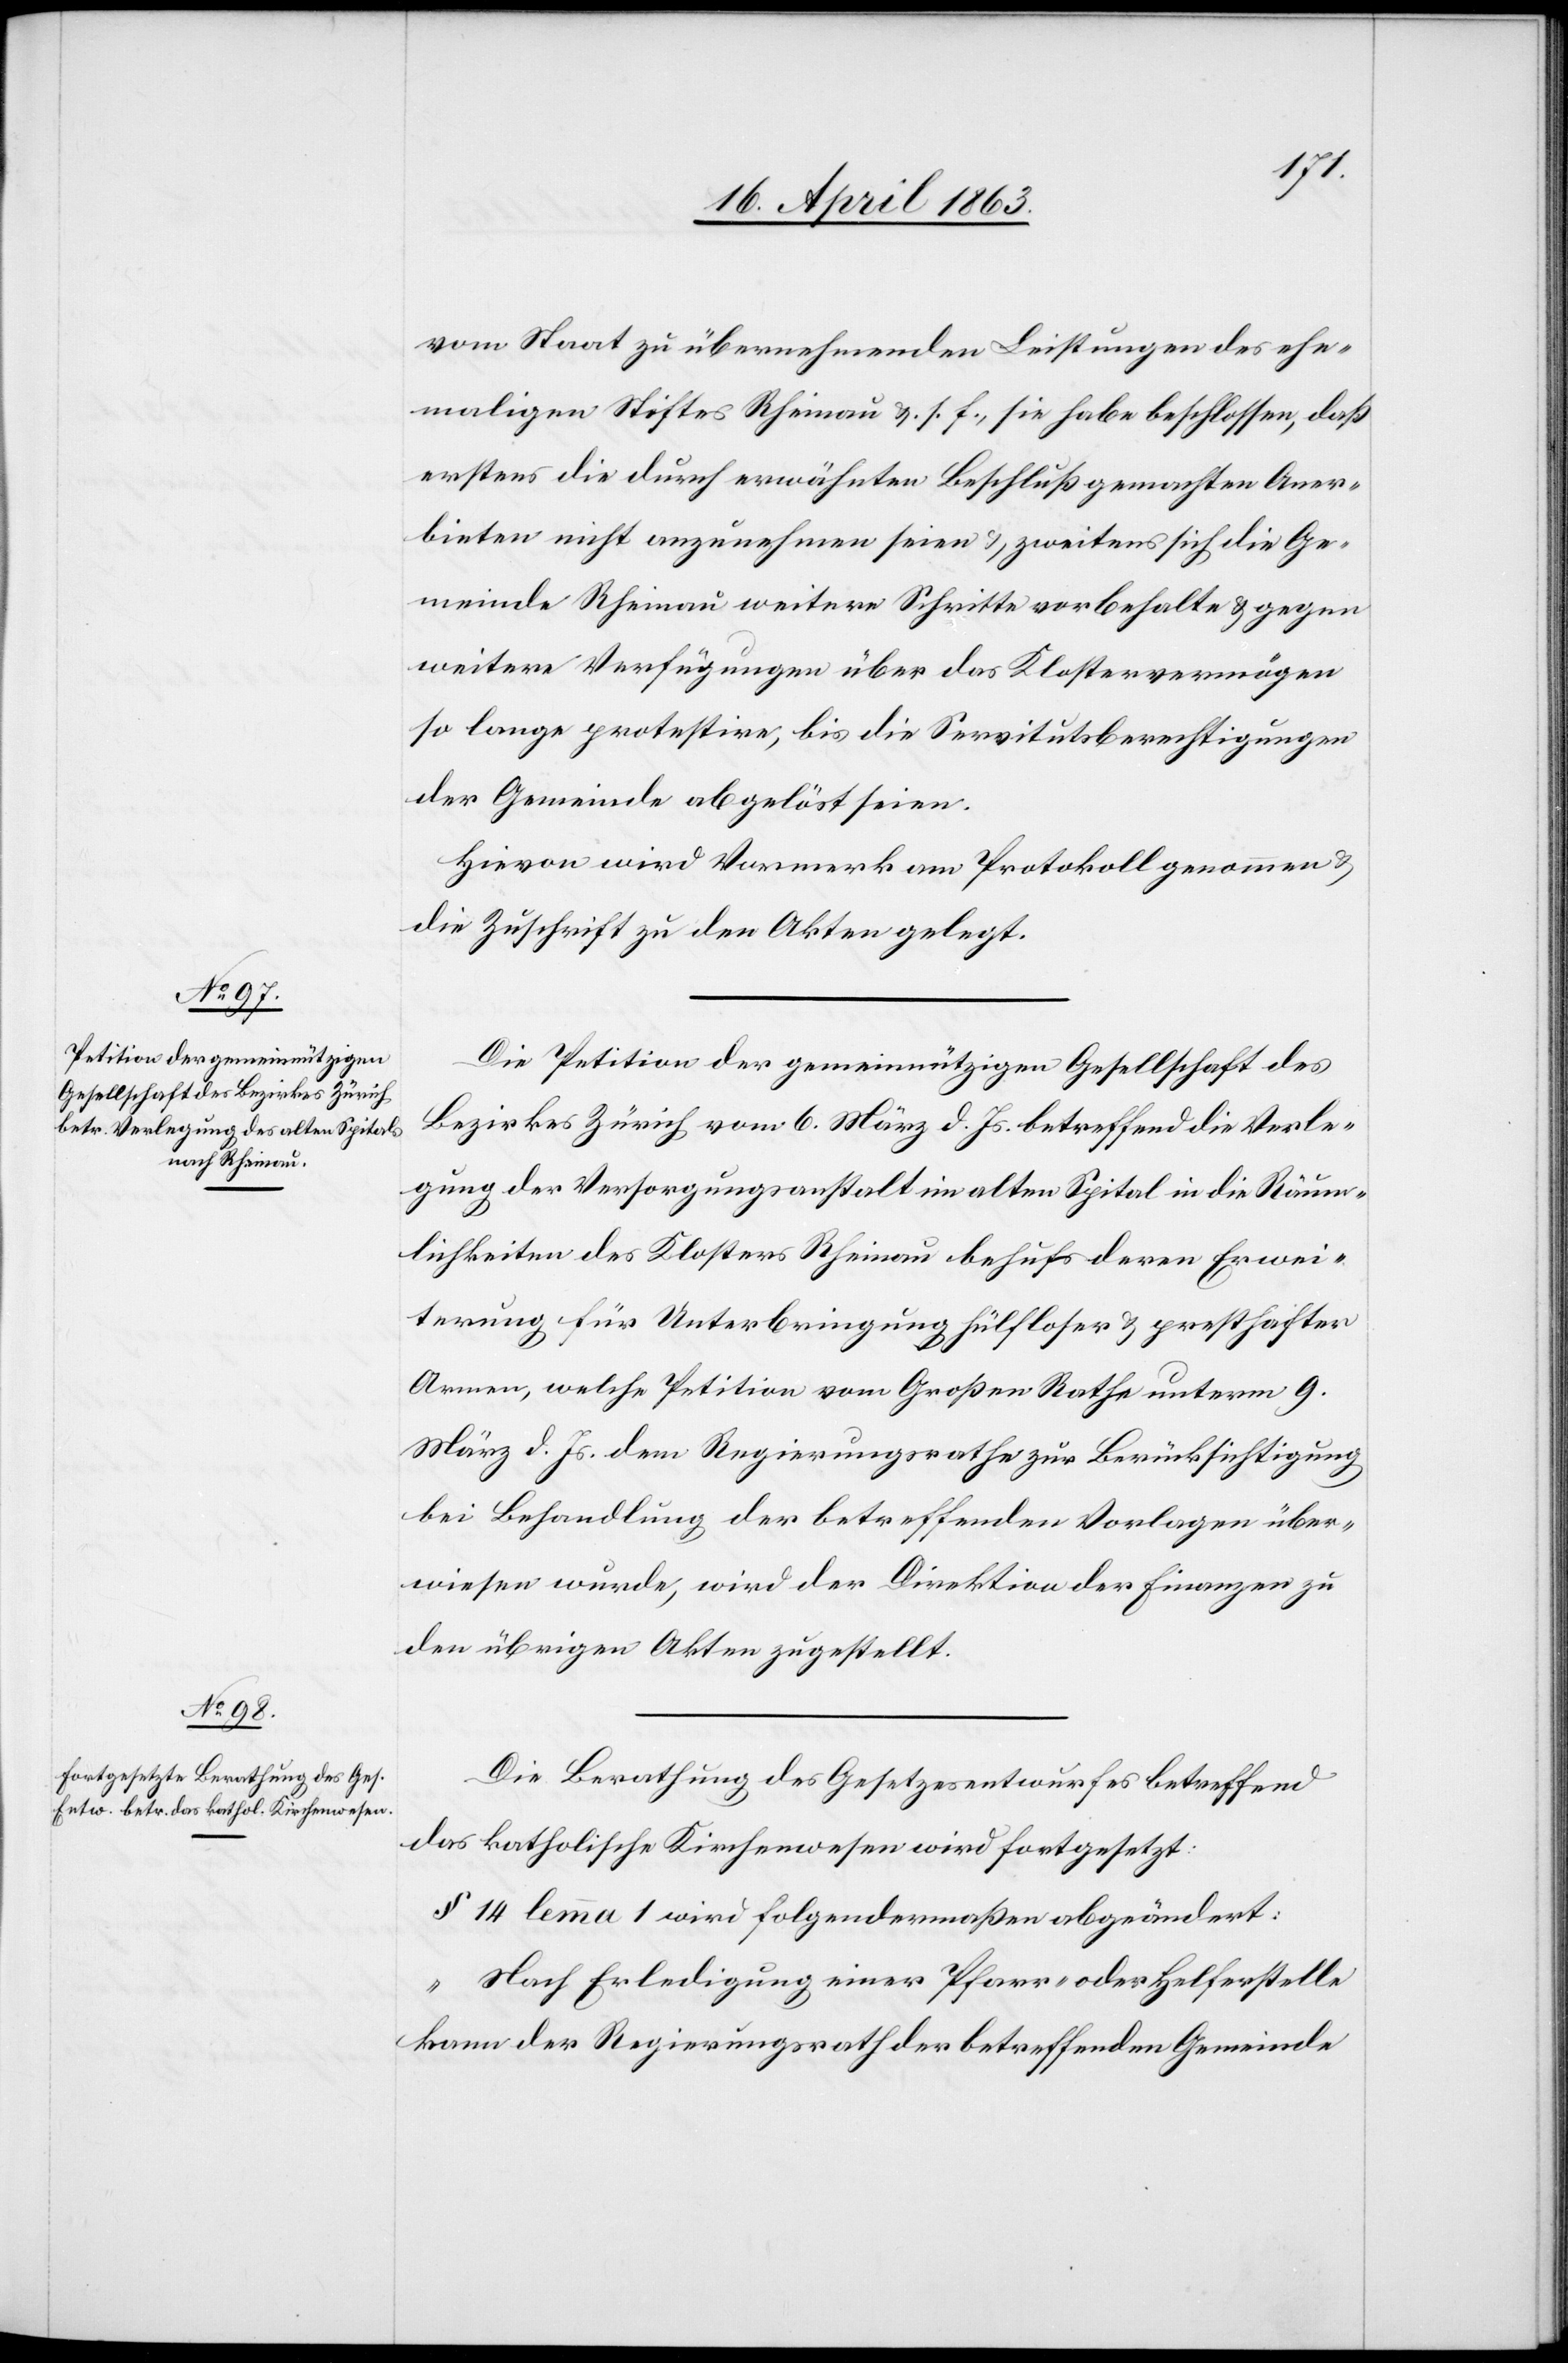
vom Staat zu übernehmenden Leistungen des ehe¬
maligen Stiftes Rheinau &. s. f., sie habe beschlossen, daß
erstens die durch erwähnten Beschluß gemachten Aner¬
bieten nicht anzunehmen seien & zweitens sich die Ge¬
meinde Rheinau weitere Schritte vorbehalte & gegen
weitere Verfügungen über das Klostervermögen
so lange protestire, bis die Servitutsberechtigungen
der Gemeinde abgelöst seien.
Hievon wird Vormerk am Protokoll genommen &
die Zuschrift zu den Akten gelegt.
Die Petition der gemeinnützigen Gesellschaft des
Bezirkes Zürich vom 6. März d. Js. betreffend die Verle¬
gung der Versorgungsanstalt im alten Spital in die Räum¬
lichkeiten des Klosters Rheinau behufs deren Erwei¬
terung für Unterbringung hülfloser & presthafter
Armen, welche Petition vom Großen Rathe unterm 9.
März d. Js. dem Regierungsrathe zur Berücksichtigung
bei Behandlung der betreffenden Vorlagen über¬
wiesen wurde, wird der Direktion der Finanzen zu
den übrigen Akten zugestellt.
Die Berathung des Gesetzesentwurfes betreffend
das katholische Kirchenwesen wird fortgesetzt:
§ 14 lemma 1 wird folgendermaßen abgeändert:
„Nach Erledigung einer Pfarr- oder Helferstelle
kann der Regierungsrath der betreffenden Gemeinde